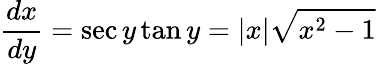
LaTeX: {\frac{dx}{dy}}=\sec y\tan y=|x|{\sqrt{x^{2}-1}}